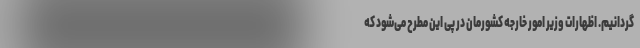
گردانیم. اظهارات وزیر امور خارجه کشورمان در پی این مطرح می‌شود که